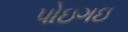
પોઇગઇ